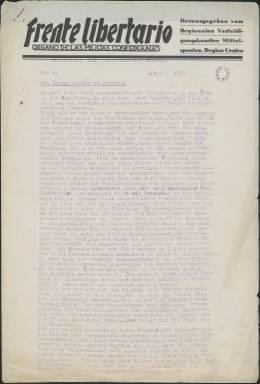
Título: Frente libertario (Madrid. Deutsche Ausg.)
Colección: Periódicos || Guerra civil
Ámbito geográfico: Madrid
Lugar de publicación: Madrid
Fechas: 01/04/1937-06/04/1937